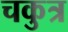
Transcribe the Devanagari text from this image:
चकुत्र